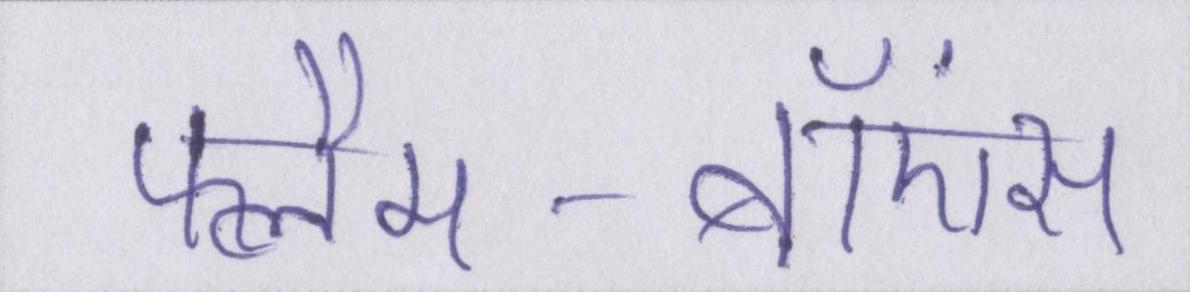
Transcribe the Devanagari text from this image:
फ्लैम-बॉएंस